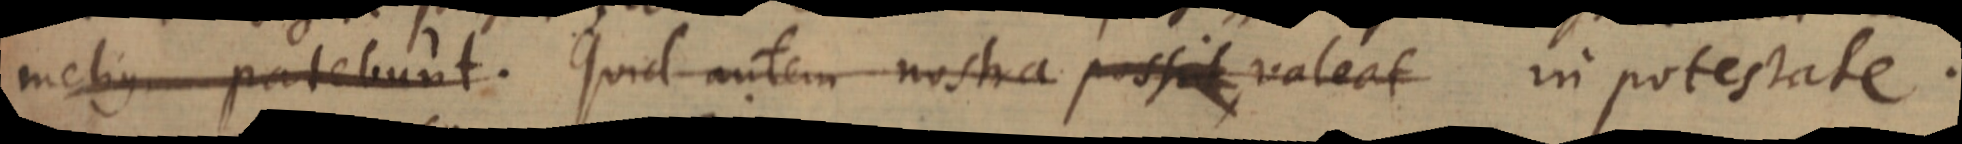
melius patebunt. Quid autem nostra possit valeat in potestate.